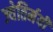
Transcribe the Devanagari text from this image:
ज्येतिर्मयी